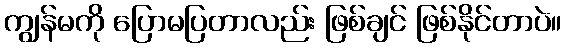
ကျွန်မကို ပြောမပြတာလည်း ဖြစ်ချင် ဖြစ်နိုင်တာပဲ။